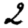
Digit: 2